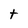
Character: t